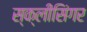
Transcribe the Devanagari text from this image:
स्क्लीसिंगर